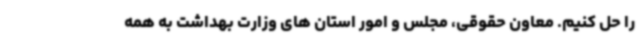
را حل کنیم. معاون حقوقی، مجلس و امور استان های وزارت بهداشت به همه